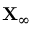
\mathbf { X } _ { \infty }